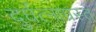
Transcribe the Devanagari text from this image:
दुर्घत्नाग्रस्त